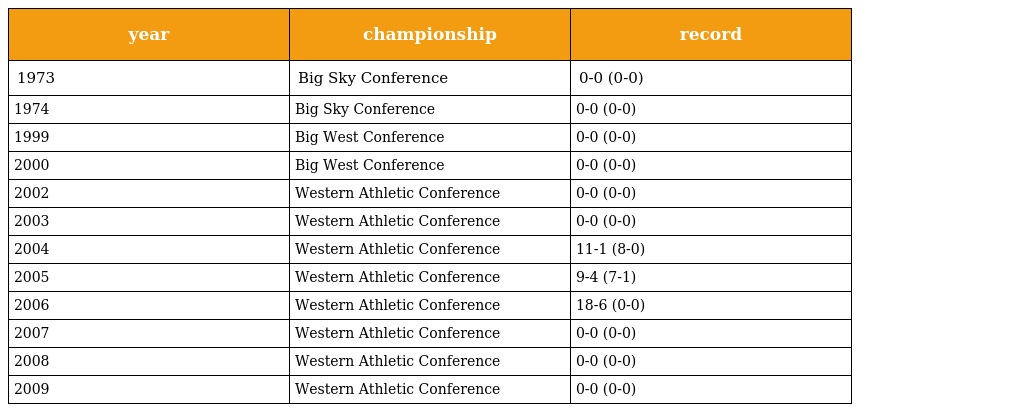
| year | championship | record |
 | --- | --- | --- |
 | 1973 | Big Sky Conference | 0-0 (0-0) |
 | 1974 | Big Sky Conference | 0-0 (0-0) |
 | 1999 | Big West Conference | 0-0 (0-0) |
 | 2000 | Big West Conference | 0-0 (0-0) |
 | 2002 | Western Athletic Conference | 0-0 (0-0) |
 | 2003 | Western Athletic Conference | 0-0 (0-0) |
 | 2004 | Western Athletic Conference | 11-1 (8-0) |
 | 2005 | Western Athletic Conference | 9-4 (7-1) |
 | 2006 | Western Athletic Conference | 18-6 (0-0) |
 | 2007 | Western Athletic Conference | 0-0 (0-0) |
 | 2008 | Western Athletic Conference | 0-0 (0-0) |
 | 2009 | Western Athletic Conference | 0-0 (0-0) |